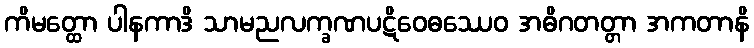
ကိမတ္ထော ပါနကာဒိ သာမညလက္ခဏပဋိဝေဓဿေဝ အဓိဂတတ္တာ အကတာနိ